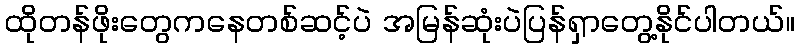
ထိုတန်ဖိုးတွေကနေတစ်ဆင့်ပဲ အမြန်ဆုံးပဲပြန်ရှာတွေ့နိုင်ပါတယ်။